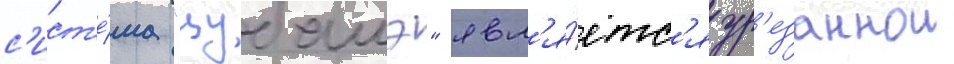
с'ист'е́ма "цубамэ" явл'я́етс'я ур'езаннои